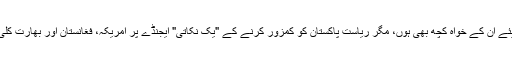
فکری رویئے ان کے خواہ کچھ بھی ہوں، مگر ریاست پاکستان کو کمزور کرنے کے "یک نکاتی" ایجنڈے پر امریکہ، فغانستان اور بھارت کلی متفق ہیں۔